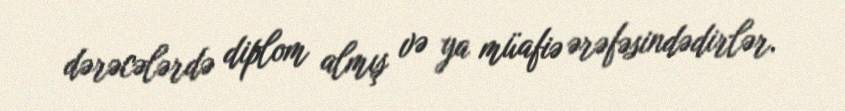
dərəcələrdə diplom almış və ya müafiə ərəfəsindədirlər.